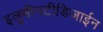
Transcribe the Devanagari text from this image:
इलुमीनटीडिजाईन